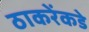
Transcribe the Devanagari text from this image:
ठाकरेंकडे